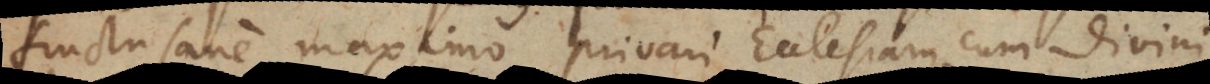
fructu sane maximo privari Ecclesiam, cum divini